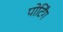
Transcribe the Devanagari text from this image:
पोर्टिंग